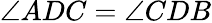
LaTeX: \angle ADC=\angle CDB